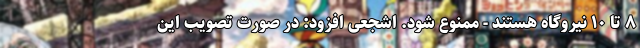
۸ تا ۱۰ نیروگاه هستند - ممنوع شود. اشجعی افزود: در صورت تصویب این